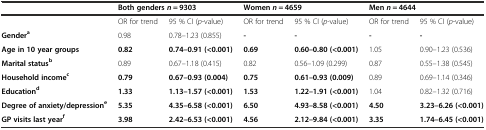
|  | <COLSPAN=2> Both gendersn = 9303 | <COLSPAN=2> Womenn = 4659 | <COLSPAN=2> Menn = 4644 |
 | --- | --- | --- | --- | --- | --- | --- |
 |  | OR for trend | 95 % CI (p-value) | OR for trend | 95 % CI (p-value) | OR for trend | 95 % CI (p-value) |
 | Gendera | 0.98 | 0.78–1.23 (0.855) | - | - | - | - |
 | Age in 10 year groups | 0.82 | 0.74–0.91 (<0.001) | 0.69 | 0.60–0.80 (<0.001) | 1.05 | 0.90–1.23 (0.536) |
 | Marital statusb | 0.89 | 0.67–1.18 (0.415) | 0.82 | 0.56–1.09 (0.299) | 0.87 | 0.55–1.38 (0.545) |
 | Household incomec | 0.79 | 0.67–0.93 (0.004) | 0.75 | 0.61–0.93 (0.009) | 0.89 | 0.69–1.14 (0.346) |
 | Educationd | 1.33 | 1.13–1.57 (<0.001) | 1.53 | 1.22–1.91 (<0.001) | 1.04 | 0.82–1.32 (0.716) |
 | Degree of anxiety/depressione | 5.35 | 4.35–6.58 (<0.001) | 6.50 | 4.93–8.58 (<0.001) | 4.50 | 3.23–6.26 (<0.001) |
 | GP visits last yearf | 3.98 | 2.42–6.53 (<0.001) | 4.56 | 2.12–9.84 (<0.001) | 3.35 | 1.74–6.45 (<0.001) |